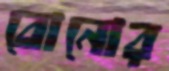
বোনোর